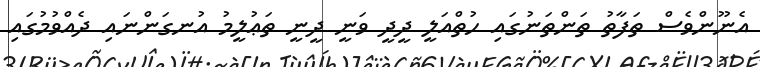
އެނޫންވެސް ތަފާތު ތަންތަނުގައި ހުތްއަލީ ދީދީ ވަނީ ދީނީ ތަޢުލީމު އުނގަންނައި ދެއްވުމުގައި